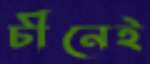
চীনেই